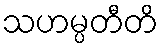
သဟမ္ပတီတိ